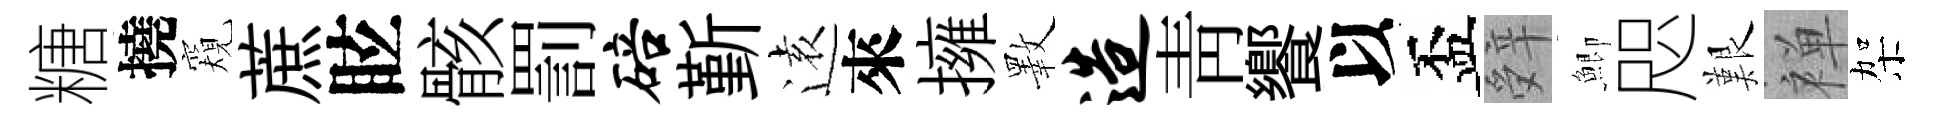
糖撓窺蔗眩骸罰碚斳逺來擁斁造靑饗以盃辤鯽咫艱禅架